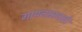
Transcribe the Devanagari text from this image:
गायनामधली